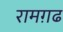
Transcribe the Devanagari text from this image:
रामग़ढ